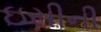
ઇસીની